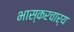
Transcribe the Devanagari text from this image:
भास्करचार्य